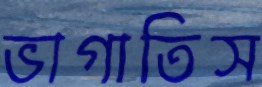
ভাগাতিস